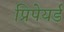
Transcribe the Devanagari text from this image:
प्रिपेयर्ड